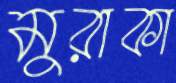
মুরাকা